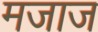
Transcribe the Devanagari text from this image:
मजाज